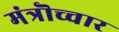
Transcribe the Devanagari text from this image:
मंत्रॊच्चार